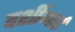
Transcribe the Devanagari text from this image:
दर्शीभाई